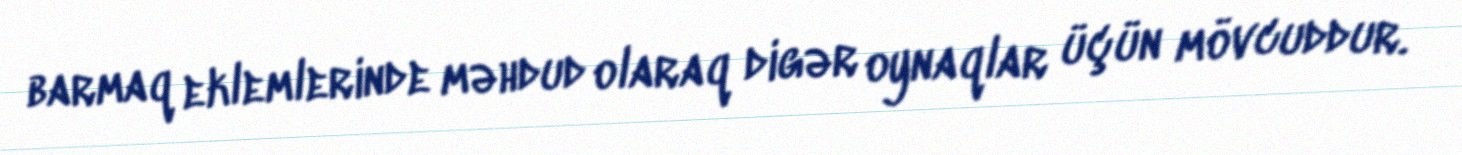
barmaq eklemlerinde məhdud olaraq digər oynaqlar üçün mövcuddur.